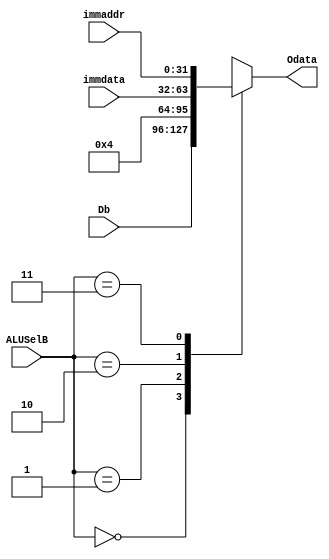
`timescale 1ns / 1ps
//////////////////////////////////////////////////////////////////////////////////
// Company: 
// Engineer: 
// 
// Design Name: 
// Module Name: MUX32_4to1
// Project Name: 
// Target Devices: 
// Tool Versions: 
// Description: 
// 
// Dependencies: 
// 
// Revision:
// Revision 0.01 - File Created
// Additional Comments:
// 
//////////////////////////////////////////////////////////////////////////////////


module MUX32_4to1(
input [31:0] Db,
input [31:0] immdata,
input [31:0] immaddr,
input [1:0] ALUSelB,
output reg [31:0] Odata
    );
    always@(*)
    begin
        case(ALUSelB)
        2'b00:Odata=Db;
        2'b01:Odata=32'h4;
        2'b10:Odata=immdata;
        2'b11:Odata=immaddr;
        endcase
    end
endmodule